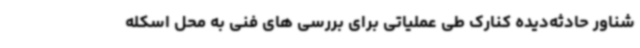
شناور حادثه‌دیده کنارک طی عملیاتی برای بررسی های فنی به محل اسکله